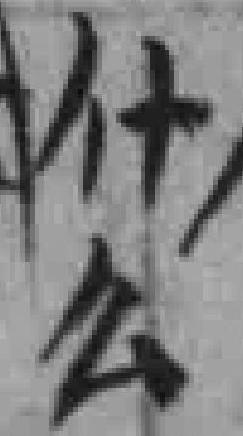
什么